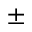
\pm